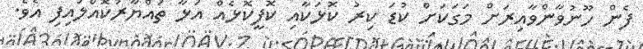
ފެން ހޫނުވާންވާއިރަށް މަގަކަށް ކުޑަ ކިރު ކޮޅަކާއި ކޮފީކޮޅެއް އަޅާ ތައްޔާރުކޮއްލައިފި އެވެ.